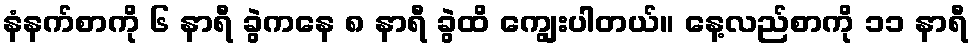
နံနက်စာကို ၆ နာရီ ခွဲကနေ ၈ နာရီ ခွဲထိ ကျွေးပါတယ်။ နေ့လည်စာကို ၁၁ နာရီ